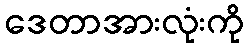
ဒေတာအားလုံးကို